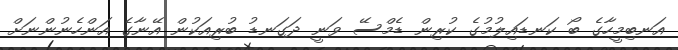
އަނބިމީހާގެ ބޯ ކަނޑައިލުމުގެ ކުރިން ޑެމްސޭ ވަނީ ދަގަނޑު ބުރިއަކުން އޭނާގެ އަންހެނުންނަށް